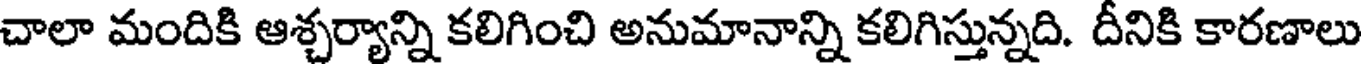
చాలా మందికి ఆశ్చర్యాన్ని కలిగించి అనుమానాన్ని కలిగిస్తున్నది. దీనికి కారణాలు